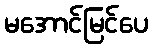
မအောင်မြင်ပေ